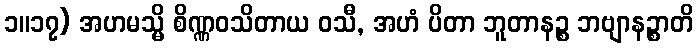
၁။၁၇) အဟမသ္မိ စိဏ္ဏဝသိတာယ ဝသီ, အဟံ ပိတာ ဘူတာနဉ္စ ဘဗျာနဉ္စာတိ